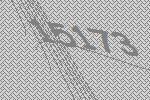
15173